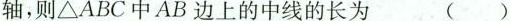
轴，则△ABC中AB边上的中线的长为 ()